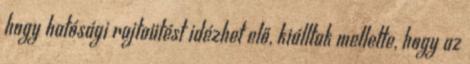
hogy hatósági rajtaütést idézhet elő, kiálltak mellette, hogy az